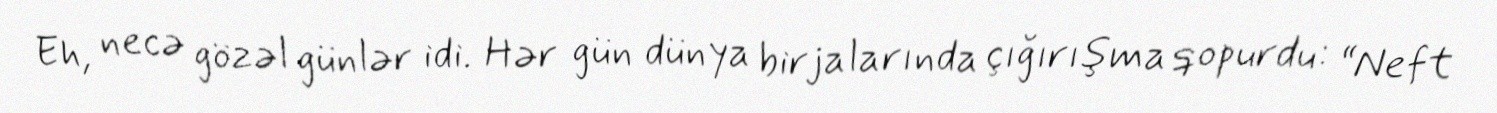
Eh, necə gözəl günlər idi. Hər gün dünya birjalarında çığırışma qopurdu: “Neft